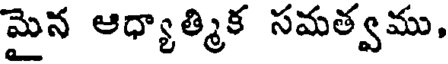
మైన ఆధ్యాత్మిక సమత్వము,